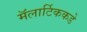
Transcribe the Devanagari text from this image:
मॅलार्टिककडे